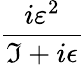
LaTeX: \frac{i\varepsilon^{2}}{\Im+i\epsilon}